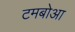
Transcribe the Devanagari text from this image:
टमबोआ